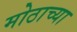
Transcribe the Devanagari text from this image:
मोठाच्या